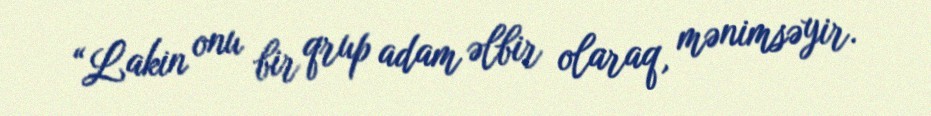
“Lakin onu bir qrup adam əlbir olaraq, mənimsəyir.